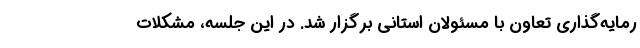
رمایه‌گذاری تعاون با مسئولان استانی برگزار شد. در این جلسه، مشکلات